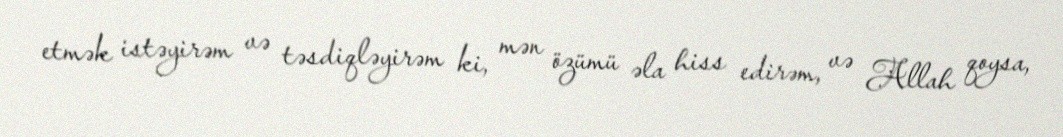
etmək istəyirəm və təsdiqləyirəm ki, mən özümü əla hiss edirəm, və Allah qoysa,